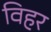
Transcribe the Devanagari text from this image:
विहर